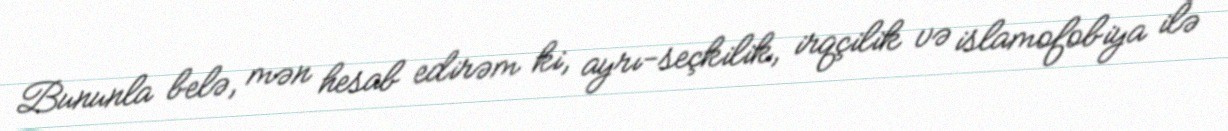
Bununla belə, mən hesab edirəm ki, ayrı-seçkilik, irqçilik və islamofobiya ilə